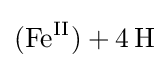
{(\mathrm {Fe} {\vphantom {A}}^{\mathrm {II} }){}+{}4\,\mathrm {H} }